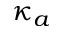
\kappa _ { a }